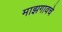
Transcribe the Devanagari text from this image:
माझगावचे